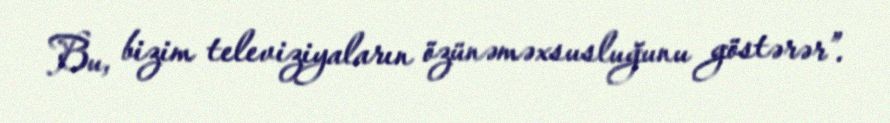
Bu, bizim televiziyaların özünəməxsusluğunu göstərər”.